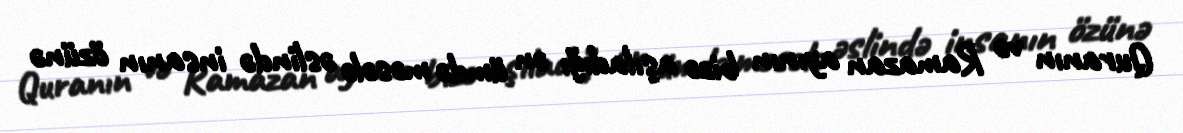
Quranın və Ramazan ayının bizə aşıladığı ən ümdə məsələ əslində insanın özünə